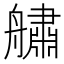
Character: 𦪓